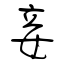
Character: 妾